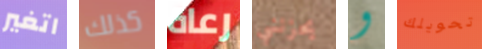
اتغير كذلك رعاة يحزنني و تحويلك